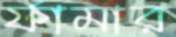
র্ফামার